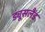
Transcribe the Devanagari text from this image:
ड्यूसलैंड